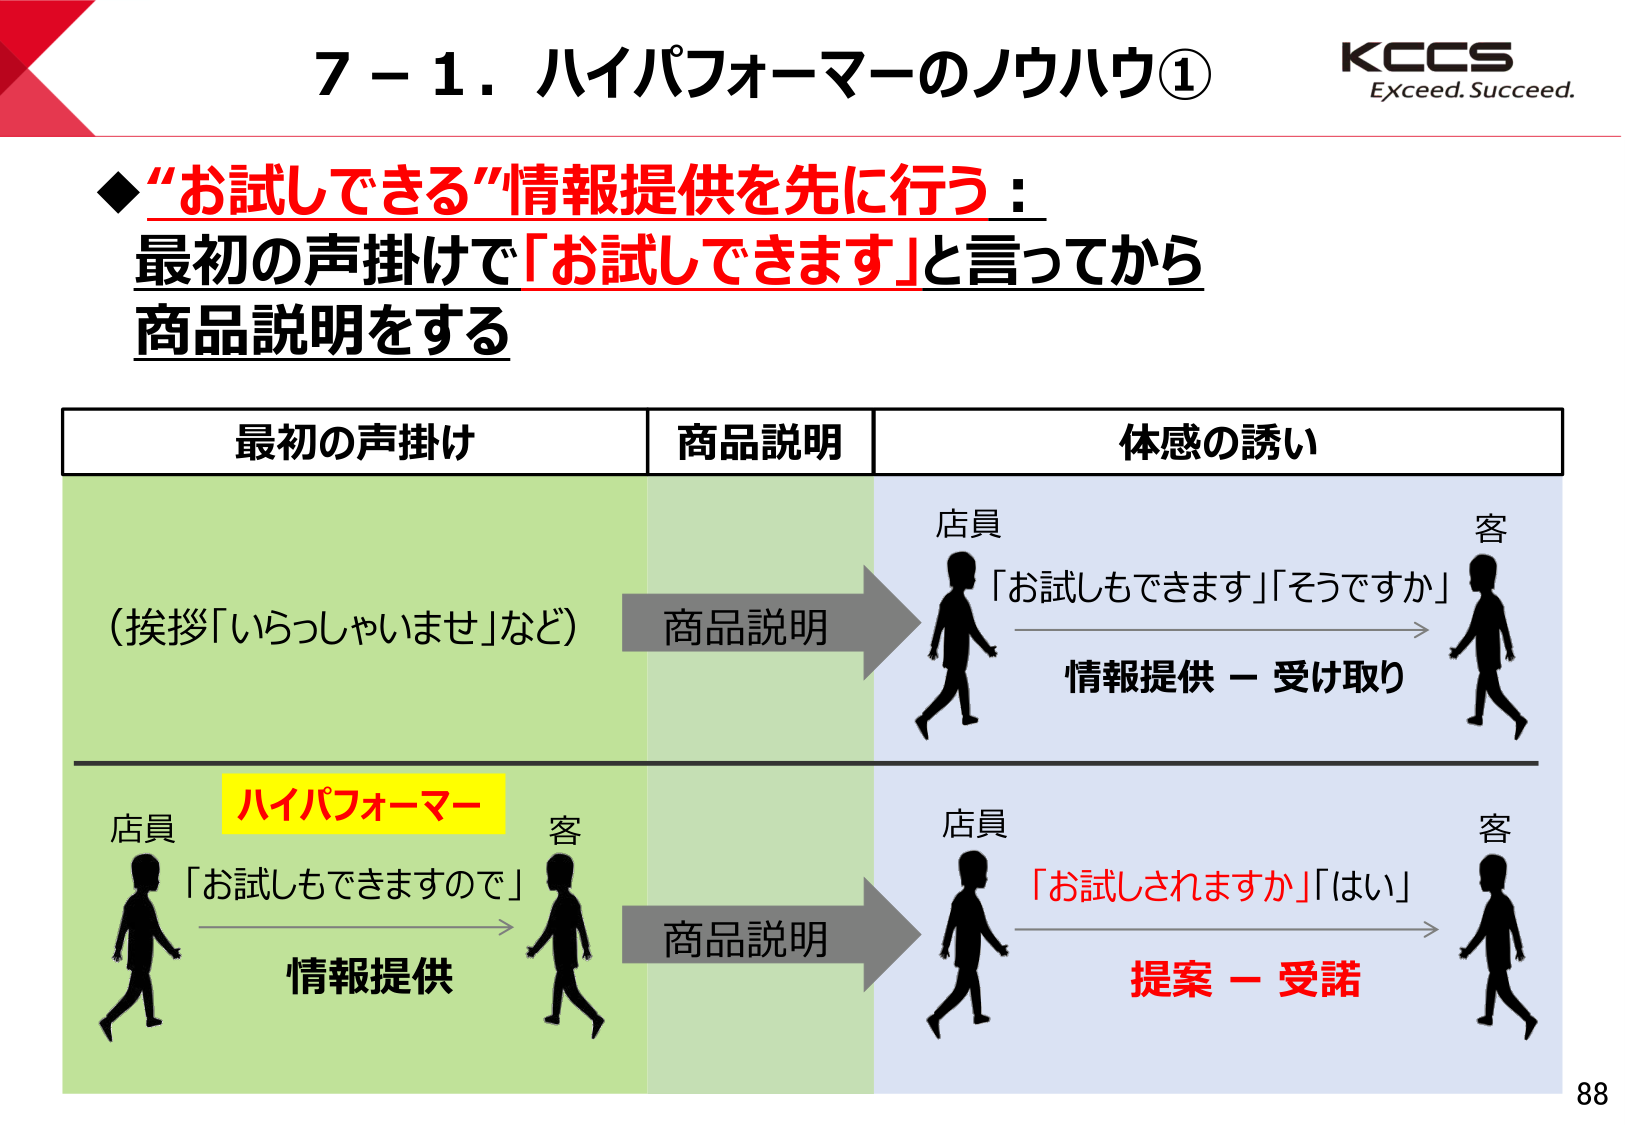
7－1．ハイパフォーマーのノウハウ①
KCCS
Exceed. Succeed.

◆“お試しできる”情報提供を先に行う：
最初の声掛けで「お試しできます」と言ってから
商品説明をする

最初の声掛け　　　　　商品説明　　　　　体感の誘い

（挨拶「いらっしゃいませ」など）
商品説明
店員　　　　　　　　　　　　　　　　　　　客
「お試しもできます」「そうですか」
情報提供 － 受け取り

ハイパフォーマー
店員　　　　　　　　　　　　　　　　　　　客
「お試しもできますので」
情報提供
商品説明
店員　　　　　　　　　　　　　　　　　　　客
「お試しされますか」「はい」
提案 － 受諾

88